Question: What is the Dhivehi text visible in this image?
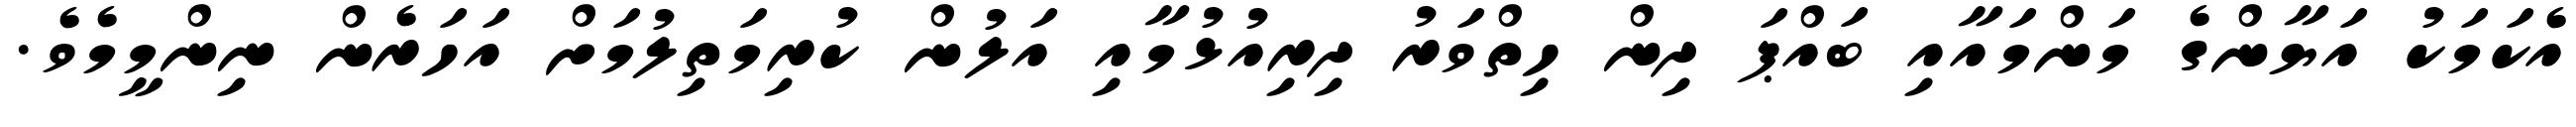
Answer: އެކަމަކު އަޔާންގެ މަންމައާއި ބައްޕަ ދިން ހިތްވަރު ދިރިއުޅުމާއި އަލުން ކުރިމަތިލުމަށް އަހަރެން ނިންމީމެވެ.